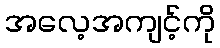
အလေ့အကျင့်ကို